Indian journal of veterinary science and animal husbandry - Volume 11,
Year: 1941
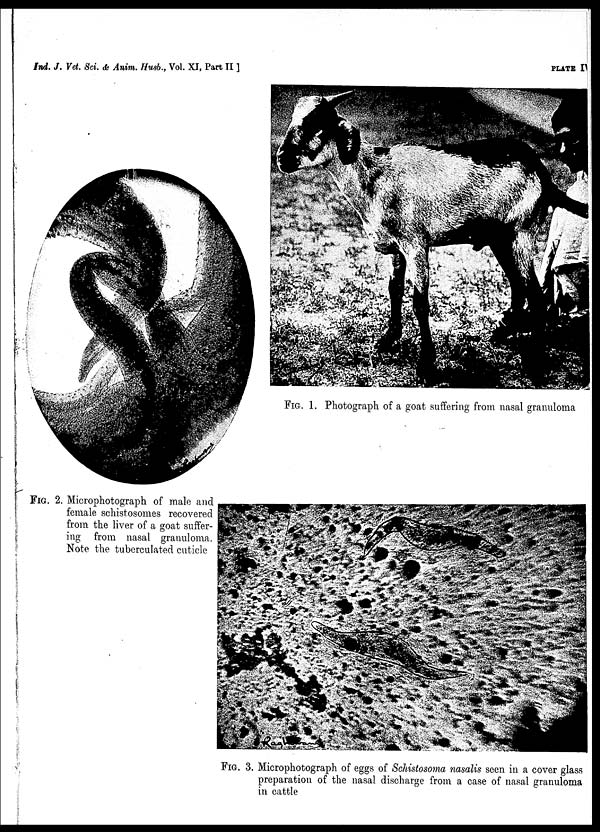
Ind. J. Vet. Sci. & Anim. Husb. , Vol. XI, Part II ]
PLATE
IV
FIG. 1. Photograph of a goat suffering from nasal granuloma
FIG. 2. Microphotograph of male and
female schistosomes recovered
from the liver of a goat suffer-
ing from nasal granuloma.
Note the tuberculated cuticle
FIG. 3. Microphotograph of eggs of Schistosoma nasalis seen in a cover glass
preparation of the nasal discharge from a case of nasal granuloma
in cattle